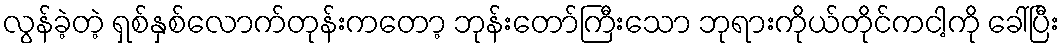
လွန်ခဲ့တဲ့ ရှစ်နှစ်လောက်တုန်းကတော့ ဘုန်းတော်ကြီးသော ဘုရားကိုယ်တိုင်ကငါ့ကို ခေါ်ပြီး